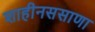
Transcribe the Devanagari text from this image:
शाहीनससाणा